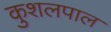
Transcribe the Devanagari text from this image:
कुशलपाल